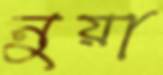
নুয়া